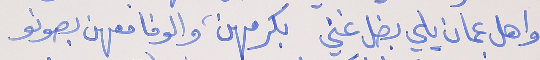
واهل عمان يلي بضل غني     بكرمهن، والوفا معهن بصونو